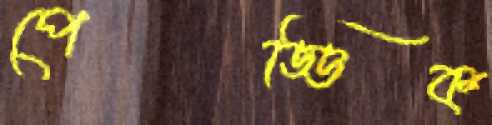
পেড্ডিক